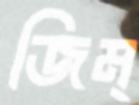
জিম্